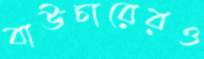
বাউচারেরও